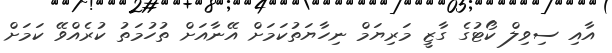
އާއި ސިވިލް ކޯޓުގެ ގާޒީ މަރިޔަމް ނިހާޔަތުކަމަށް އޭނާއަށް ތުހުމަތު ކުރެއްވޭ ކަމަށް